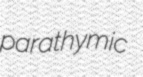
parathymic